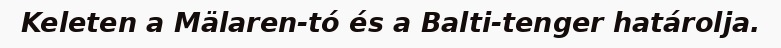
Keleten a Mälaren-tó és a Balti-tenger határolja.